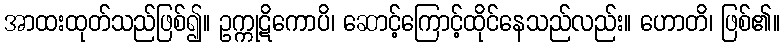
အာထးထုတ်သည်ဖြစ်၍။ ဥက္ကုဋိကောပိ၊ ဆောင့်ကြောင့်ထိုင်နေသည်လည်း။ ဟောတိ၊ ဖြစ်၏။